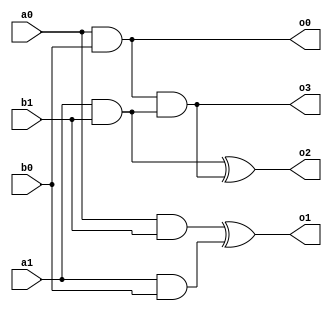
`timescale 1ns / 1ps
//////////////////////////////////////////////////////////////////////////////////
// Company: 
// Engineer: 
// 
// Design Name: 
// Module Name:    MULT 
// Project Name: 
// Target Devices: 
// Tool versions: 
// Description: 
//
// Dependencies: 
//
// Revision: 
// Revision 0.01 - File Created
// Additional Comments: 
//
//////////////////////////////////////////////////////////////////////////////////
/*
module MULT(
    input [1:0] a,
    input [1:0] b,
    output [3:0] out
    );

wire s1, s2, s3;

and(out[0], a[0], b[0]);
and(s1, a[0], b[1]);
and(s2, a[1], b[0]);
and(s3, a[1], b[1]);

and(out[3], out[0], s3);

xor(out[1], s1, s2);
xor(out[2], s3, out[3]);

endmodule
*/

module MULT(
    input a0, a1,
    input b0, b1,
    output o0, o1, o2, o3
    );

wire s1, s2, s3;

and(o0, a0, b0);
and(s1, a0, b1);
and(s2, a1, b0);
and(s3, a1, b1);

and(o3, o0, s3);

xor(o1, s1, s2);
xor(o2, s3, o3);

endmodule